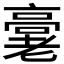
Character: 𬴖